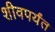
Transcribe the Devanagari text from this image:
शीवपर्यंत